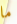
ما